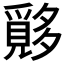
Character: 𱘪